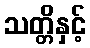
သတ္တိနှင့်